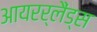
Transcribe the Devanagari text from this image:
आयरर्लैंड्स